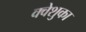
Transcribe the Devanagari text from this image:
क्वेशुका